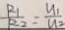
\frac { R _ { 1 } } { R _ { 2 } } = \frac { u _ { 1 } } { u _ { 2 } }